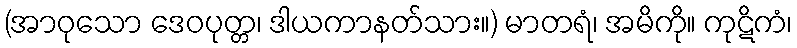
(အာဝုသော ဒေဝပုတ္တ၊ ဒါယကာနတ်သား။) မာတရံ၊ အမိကို။ ကုဋိကံ၊